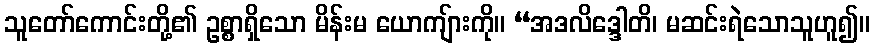
သူတော်ကောင်းတို့၏ ဥစ္စာရှိသော မိန်းမ ယောကျ်ားကို။ “အဒလိဒ္ဒေါတိ၊ မဆင်းရဲသောသူဟူ၍။